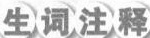
生词注释